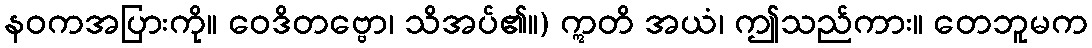
နဝကအပြားကို။ ဝေဒိတဗ္ဗော၊ သိအပ်၏။) ဣတိ အယံ၊ ဤသည်ကား။ တေဘူမက